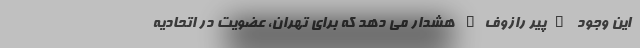
این وجود "پیر رازوف" هشدار می دهد که برای تهران، عضویت در اتحادیه